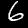
Digit: 6